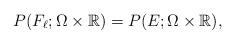
LaTeX: \begin{align*}P( F_{\ell} ; \Omega \times \mathbb{R}) = P (E ; \Omega \times \mathbb{R} ),\end{align*}